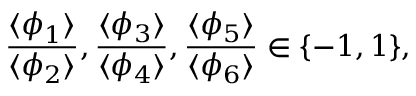
\frac { \langle \phi _ { 1 } \rangle } { \langle \phi _ { 2 } \rangle } , \frac { \langle \phi _ { 3 } \rangle } { \langle \phi _ { 4 } \rangle } , \frac { \langle \phi _ { 5 } \rangle } { \langle \phi _ { 6 } \rangle } \in \{ - 1 , 1 \} ,